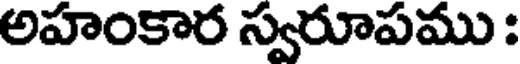
అహంకార స్వరూపము :